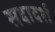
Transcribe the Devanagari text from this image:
सदादर्श